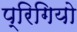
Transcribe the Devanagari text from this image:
प्रिगियो